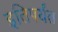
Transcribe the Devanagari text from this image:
इतिपर्यंत